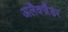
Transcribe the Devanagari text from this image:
अलैक्जैंडर